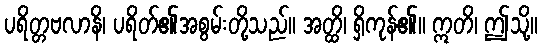
ပရိတ္တဗလာနိ၊ ပရိတ်၏အစွမ်းတို့သည်။ အတ္ထိ၊ ရှိကုန်၏။ ဣတိ၊ ဤသို့။